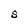
Character: S